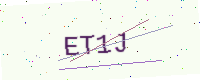
Text: ET1J